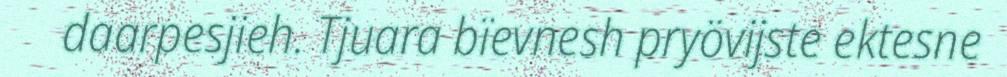
daarpesjieh. Tjuara bïevnesh pryövijste ektesne